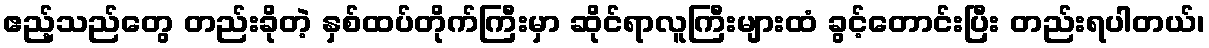
ဧည့်သည်တွေ တည်းခိုတဲ့ နှစ်ထပ်တိုက်ကြီးမှာ ဆိုင်ရာလူကြီးများထံ ခွင့်တောင်းပြီး တည်းရပါတယ်၊